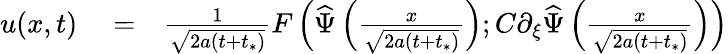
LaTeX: \begin{array}{rlr}{u(x,t)}&{{}=}&{\frac{1}{\sqrt{2a(t+t_{*})}}F\left(\widehat{\Psi}\left(\frac{x}{\sqrt{2a(t+t_{*})}}\right);C\partial_{\xi}\widehat{\Psi}\left(\frac{x}{\sqrt{2a(t+t_{*})}}\right)\right)}\end{array}